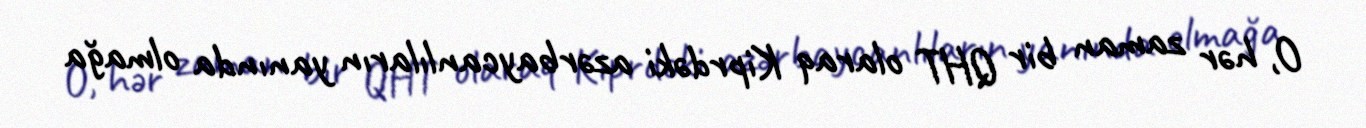
O, hər zaman bir QHT olaraq Kiprdəki azərbaycanlıların yanında olmağa